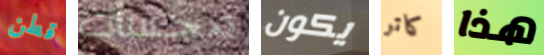
قطن مجسات يكون كاتر هذا